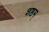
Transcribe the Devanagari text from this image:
शष्ठम्